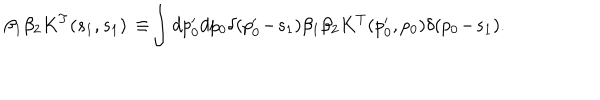
\beta _ { 1 } \beta _ { 2 } K ^ { T } ( s _ { 1 } , s _ { 1 } ) \, \equiv \! \int d p _ { 0 } ^ { \prime } d p _ { 0 } \delta ( p _ { 0 } ^ { \prime } \! - \! s _ { 1 } ) \beta _ { 1 } \beta _ { 2 } K ^ { T } ( p _ { 0 } ^ { \prime } , p _ { 0 } ) \delta ( p _ { 0 } \! - \! s _ { 1 } ) .